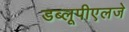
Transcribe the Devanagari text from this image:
डब्लूपीएलजे